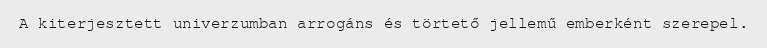
A kiterjesztett univerzumban arrogáns és törtető jellemű emberként szerepel.